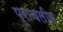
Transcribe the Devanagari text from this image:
प्राचलीय